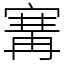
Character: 㝤